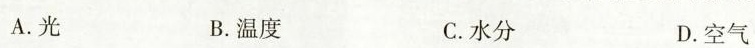
A.光 B.温度 C.水分 D.空气